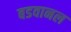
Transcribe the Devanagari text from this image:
बडवानल